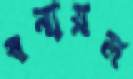
বনায়ল